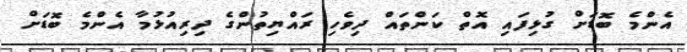
އެންމެ ބޮޑަށް ގުޅިފައި އޮތް ކަންތައް ދިވެހި ރައްޔިތުންގެ ދިރިއުޅުމާ އެންމެ ބޮޑަށް